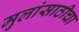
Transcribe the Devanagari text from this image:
मुलांसाठीचा